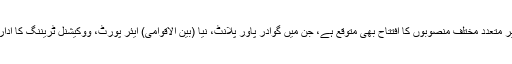
ان کے دورے کے موقعے پر متعدد مختلف منصوبوں کا افتتاح بھی متوقع ہے، جن میں گوادر پاور پلانٹ، نیا (بین الاقوامی) ایئر پورٹ، ووکیشنل ٹریننگ کا ادارہ اور ایک ہسپتال شامل ہے۔